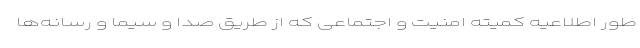
طور اطلاعیه کمیته امنیت و اجتماعی که از طریق صدا و سیما و رسانه‌ها